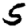
Digit: 5